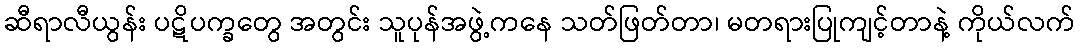
ဆီရာလီယွန်း ပဋိပက္ခတွေ အတွင်း သူပုန်အဖွဲ့ကနေ သတ်ဖြတ်တာ၊ မတရားပြုကျင့်တာနဲ့ ကိုယ်လက်